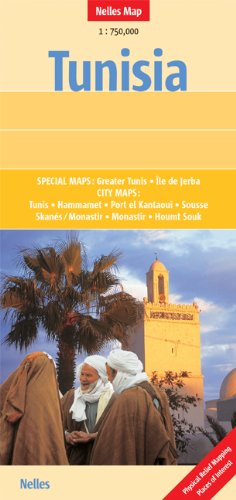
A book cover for Tunisia; Nelles Verlag GmbH; Travel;